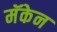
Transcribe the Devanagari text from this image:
मॅकेन